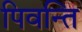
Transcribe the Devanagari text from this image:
पिवन्ति